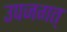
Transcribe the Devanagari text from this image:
उपजगत्